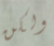
ولكن